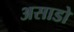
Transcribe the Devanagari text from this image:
असाडो